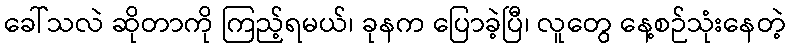
ခေါ်သလဲ ဆိုတာကို ကြည့်ရမယ်၊ ခုနက ပြောခဲ့ပြီ၊ လူတွေ နေ့စဉ်သုံးနေတဲ့